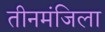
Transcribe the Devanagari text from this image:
तीनमंजिला